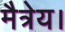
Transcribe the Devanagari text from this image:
मैत्रेय।